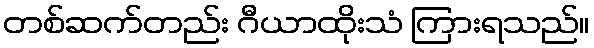
တစ်ဆက်တည်း ဂီယာထိုးသံ ကြားရသည်။